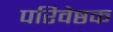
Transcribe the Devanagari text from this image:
परिवेष्ठक